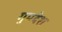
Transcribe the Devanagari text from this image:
गुमदेश